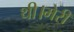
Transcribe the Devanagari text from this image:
थी।मेरी